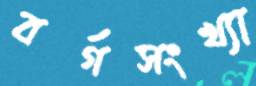
বর্গসংখ্যা